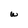
Character: W